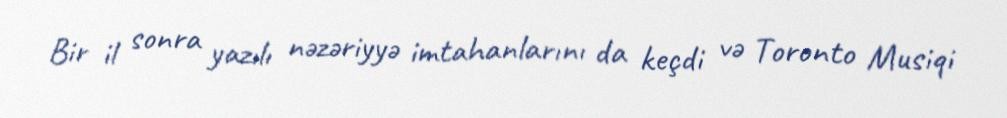
Bir il sonra yazılı nəzəriyyə imtahanlarını da keçdi və Toronto Musiqi